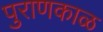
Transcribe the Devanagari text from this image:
पुराणकाळ